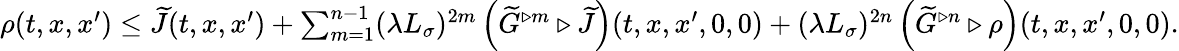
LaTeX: \begin{array}{r}{\rho(t,x,x^{\prime})\le\widetilde{J}(t,x,x^{\prime})+\sum_{m=1}^{n-1}(\lambda L_{\sigma})^{2m}\left(\widetilde{G}^{\triangleright m}\triangleright\widetilde{J}\right)(t,x,x^{\prime},0,0)+(\lambda L_{\sigma})^{2n}\left(\widetilde{G}^{\triangleright n}\triangleright\rho\right)(t,x,x^{\prime},0,0).}\end{array}